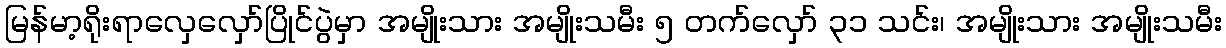
မြန်မာ့ရိုးရာလှေလှော်ပြိုင်ပွဲမှာ အမျိုးသား အမျိုးသမီး ၅ တက်လှော် ၃၁ သင်း၊ အမျိုးသား အမျိုးသမီး